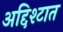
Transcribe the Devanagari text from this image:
अद्दिश्टात